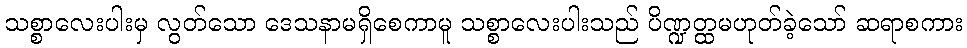
သစ္စာလေးပါးမှ လွတ်သော ဒေသနာမရှိစေကာမူ သစ္စာလေးပါးသည် ပိဏ္ဍတ္ထမဟုတ်ခဲ့သော် ဆရာစကား